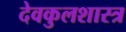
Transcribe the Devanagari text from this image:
देवकुलशास्त्र